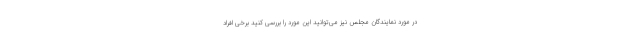
در مورد نمایندگان مجلس نیز می‌توانید این مورد را بررسی کنید برخی افراد